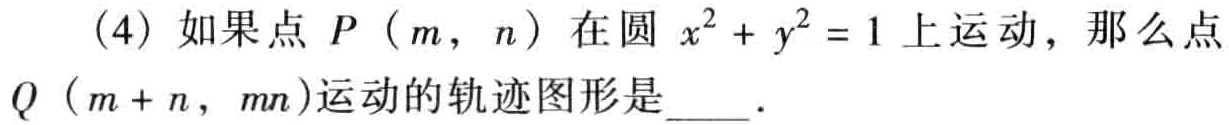
（4）如果点 \(P（m，n）\) 在圆 \(x^{2}+y^{2}=1\) 上运动，那么点 \(Q（m + n，mn）\)运动的轨迹图形是  ．